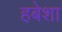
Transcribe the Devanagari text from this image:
हबेशा